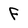
Character: f